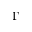
\Gamma